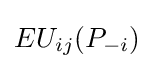
EU_{ij}(P_{-i})